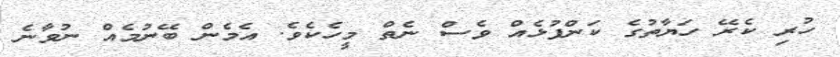
ހުރި ކެރޭ ހަޔާތުގެ ކަންފުޅެއް ވެސް ނެތް މީހެކެވެ. އެމެން ބޭނުމެއް ނުވާނެ